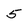
Character: 5